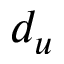
d _ { u }